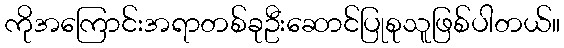
ကိုအကြောင်းအရာတစ်ခုဦးဆောင်ပြုစုသူဖြစ်ပါတယ်။